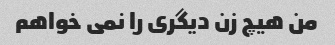
من هیچ زن دیگری را نمی خواهم